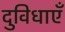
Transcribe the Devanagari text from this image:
दुविधाएँ